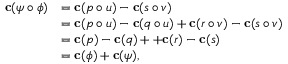
\begin{array} { r l } { \mathbf c ( \psi \circ \phi ) } & { = \mathbf c ( p \circ u ) - \mathbf c ( s \circ v ) } \\ & { = \mathbf c ( p \circ u ) - \mathbf c ( q \circ u ) + \mathbf c ( r \circ v ) - \mathbf c ( s \circ v ) } \\ & { = \mathbf c ( p ) - \mathbf c ( q ) + + \mathbf c ( r ) - \mathbf c ( s ) } \\ & { = \mathbf c ( \phi ) + \mathbf c ( \psi ) , } \end{array}